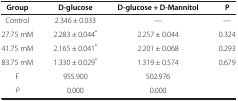
<table><thead><tr><td><b>Group</b></td><td><b>D-glucose</b></td><td><b>D-glucose + D-Mannitol</b></td><td><b>P</b></td></tr></thead><tbody><tr><td>Control</td><td>2.346 ± 0.033</td><td>—</td><td>—</td></tr><tr><td>27.75 mM</td><td>2.283 ± 0.044<sup>*</sup></td><td>2.257 ± 0.044</td><td>0.324</td></tr><tr><td>41.75 mM</td><td>2.165 ± 0.041<sup>*</sup></td><td>2.201 ± 0.068</td><td>0.293</td></tr><tr><td>83.75 mM</td><td>1.330 ± 0.029<sup>*</sup></td><td>1.319 ± 0.574</td><td>0.679</td></tr><tr><td>F</td><td>955.900</td><td>502.976</td><td>[EMPTY_CELL]</td></tr><tr><td><i>P</i></td><td>0.000</td><td>0.000</td><td>[EMPTY_CELL]</td></tr></tbody></table>